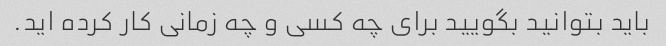
باید بتوانید بگویید برای چه کسی و چه زمانی کار کرده اید.